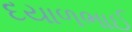
દયાળભાઈ